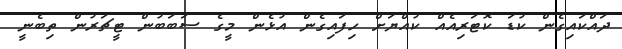
ދައްކައިގެން ކުޑަ ކޮޓަރިއެއް ކުއްޔަށް ހިފައިގެން އުޅެން މީގެ ސަބަބުން ޓީޗަރުން ތިބެނީ